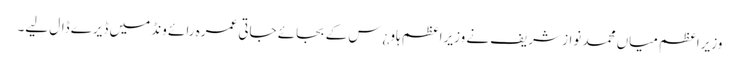
وزیراعظم میاں محمد نواز شریف نے وزیراعظم ہاو¿س کے بجائے جاتی عمرہ رائے ونڈ میں ڈیرے ڈال لیے۔